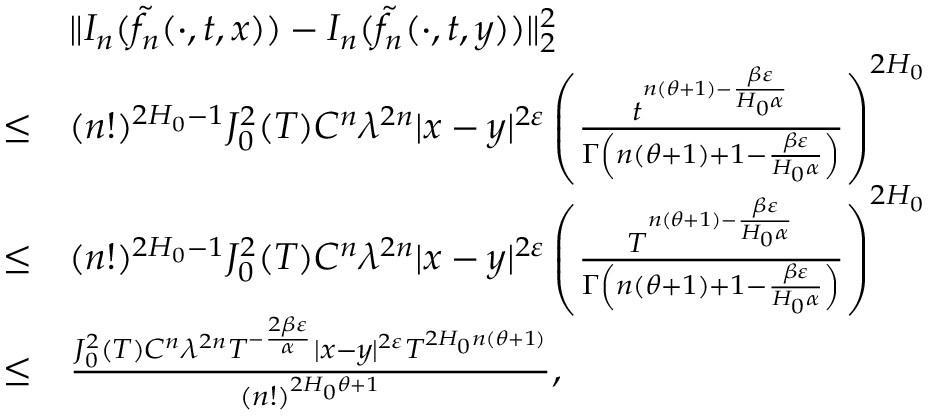
\begin{array} { r l } & { \Vert I _ { n } ( \tilde { f _ { n } } ( \cdot , t , x ) ) - I _ { n } ( \tilde { f _ { n } } ( \cdot , t , y ) ) \Vert _ { 2 } ^ { 2 } } \\ { \leq } & { ( n ! ) ^ { 2 H _ { 0 } - 1 } J _ { 0 } ^ { 2 } ( T ) C ^ { n } \lambda ^ { 2 n } | x - y | ^ { 2 \varepsilon } \left( \frac { t ^ { n ( \theta + 1 ) - \frac { \beta \varepsilon } { H _ { 0 } \alpha } } } { \Gamma \left( n ( \theta + 1 ) + 1 - \frac { \beta \varepsilon } { H _ { 0 } \alpha } \right) } \right) ^ { 2 H _ { 0 } } } \\ { \leq } & { ( n ! ) ^ { 2 H _ { 0 } - 1 } J _ { 0 } ^ { 2 } ( T ) C ^ { n } \lambda ^ { 2 n } | x - y | ^ { 2 \varepsilon } \left( \frac { T ^ { n ( \theta + 1 ) - \frac { \beta \varepsilon } { H _ { 0 } \alpha } } } { \Gamma \left( n ( \theta + 1 ) + 1 - \frac { \beta \varepsilon } { H _ { 0 } \alpha } \right) } \right) ^ { 2 H _ { 0 } } } \\ { \leq } & { \frac { J _ { 0 } ^ { 2 } ( T ) C ^ { n } \lambda ^ { 2 n } T ^ { - \frac { 2 \beta \varepsilon } { \alpha } } | x - y | ^ { 2 \varepsilon } T ^ { 2 H _ { 0 } n ( \theta + 1 ) } } { ( n ! ) ^ { 2 H _ { 0 } \theta + 1 } } , } \end{array}